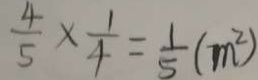
\frac { 4 } { 5 } \times \frac { 1 } { 4 } = \frac { 1 } { 5 } ( m ^ { 2 } )